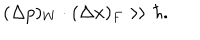
LaTeX: ( \Delta p ) _ { W } \cdot ( \Delta x ) _ { F } \gg \hbar .